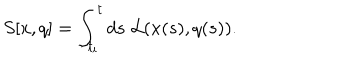
S [ x , q ] = \int _ { t _ { i } } ^ { t } d s \; { \cal L } ( x ( s ) , q ( s ) ) .